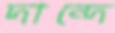
দান্দে